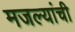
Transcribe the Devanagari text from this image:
मजल्यांची